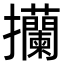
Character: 𢺤